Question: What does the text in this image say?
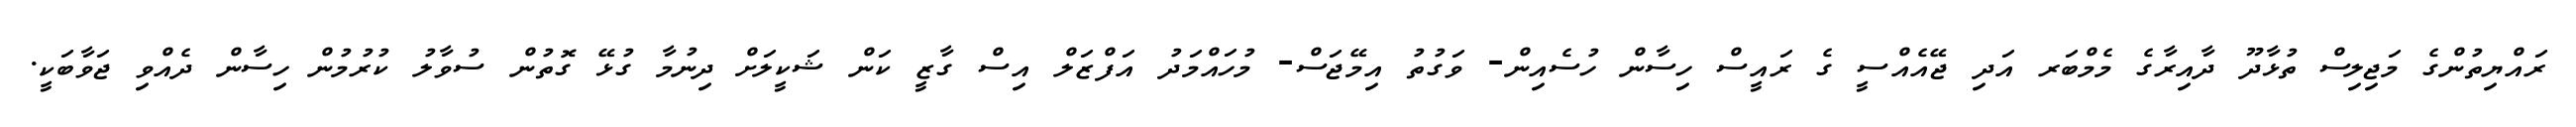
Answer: ރައްޔިތުންގެ މަޖިލިސް ތުޅާދޫ ދާއިރާގެ މެމްބަރ އަދި ޖޭއެއްސީ ގެ ރައީސް ހިސާން ހުސެއިން- ވަގުތު އިމޭޖަސް- މުހައްމަދު އަފްޒަލް އިސް ގާޒީ ކަން ޝަކީލަށް ދިނުމާ ގުޅޭ ގޮތުން ސުވާލު ކުރުމުން ހިސާން ދެއްވި ޖަވާބަކީ.